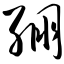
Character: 绷